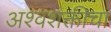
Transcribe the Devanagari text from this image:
अश्वशक्तीचा